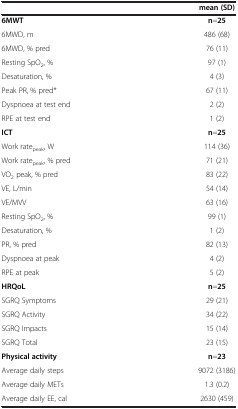
<table><thead><tr><td><b> </b></td><td><b>mean (SD)</b></td></tr></thead><tbody><tr><td><b>6MWT</b></td><td><b>n</b>=<b>25</b></td></tr><tr><td>6MWD, m</td><td>486 (68)</td></tr><tr><td>6MWD, % pred</td><td>76 (11)</td></tr><tr><td>Resting SpO<sub>2</sub>, %</td><td>97 (1)</td></tr><tr><td>Desaturation, %</td><td>4 (3)</td></tr><tr><td>Peak PR, % pred*</td><td>67 (11)</td></tr><tr><td>Dyspnoea at test end</td><td>2 (2)</td></tr><tr><td>RPE at test end</td><td>1 (2)</td></tr><tr><td><b>ICT</b></td><td><b>n</b>=<b>25</b></td></tr><tr><td>Work rate<sub>peak</sub>, W</td><td>114 (36)</td></tr><tr><td>Work rate<sub>peak</sub>, % pred</td><td>71 (21)</td></tr><tr><td>VO<sub>2</sub> peak, % pred</td><td>83 (22)</td></tr><tr><td>VE, L/min</td><td>54 (14)</td></tr><tr><td>VE/MVV</td><td>63 (16)</td></tr><tr><td>Resting SpO<sub>2</sub>, %</td><td>99 (1)</td></tr><tr><td>Desaturation, %</td><td>1 (2)</td></tr><tr><td>PR, % pred</td><td>82 (13)</td></tr><tr><td>Dyspnoea at peak</td><td>4 (2)</td></tr><tr><td>RPE at peak</td><td>5 (2)</td></tr><tr><td><b>HRQoL</b></td><td><b>n</b>=<b>25</b></td></tr><tr><td>SGRQ Symptoms</td><td>29 (21)</td></tr><tr><td>SGRQ Activity</td><td>34 (22)</td></tr><tr><td>SGRQ Impacts</td><td>15 (14)</td></tr><tr><td>SGRQ Total</td><td>23 (15)</td></tr><tr><td><b>Physical activity</b></td><td><b>n</b>=<b>23</b></td></tr><tr><td>Average daily steps</td><td>9072 (3186)</td></tr><tr><td>Average daily METs</td><td>1.3 (0.2)</td></tr><tr><td>Average daily EE, cal</td><td>2630 (459)</td></tr></tbody></table>